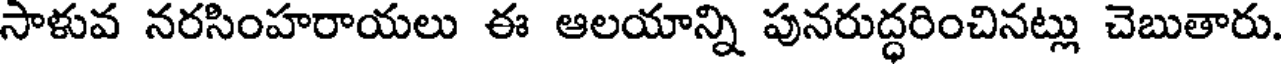
సాళువ నరసింహరాయలు ఈ ఆలయాన్ని పునరుద్ధరించినట్లు చెబుతారు.